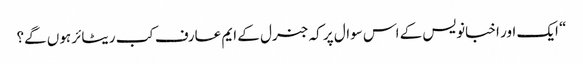
“ ایک اور اخبانویس کے اس سوال پر کہ جنرل کے ایم عارف کب ریٹائر ہوں گے؟